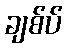
ချစ်ပ်